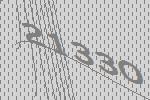
21330